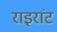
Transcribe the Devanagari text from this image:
राइरांट